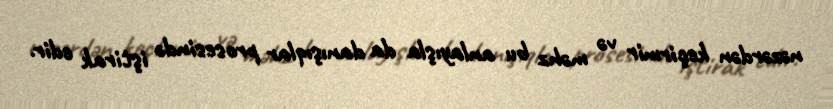
nəzərdən keçirmir və məhz bu anlayışla da danışıqlar prosesində iştirak edir.